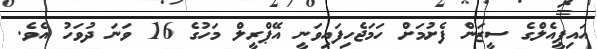
އައިޕީއެލްގެ ސީޒަން ފެށުމަށް ހަމަޖެހިފައިވަނީ އޭޕްރީލް މަހުގެ 16 ވަނަ ދުވަހު އެވެ.